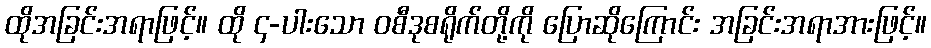
ထိုအခြင်းအရာဖြင့်။ ထို ၄-ပါးသော ဝစီဒုစရိုက်တို့ကို ပြောဆိုကြောင်း အခြင်းအရာအားဖြင့်။